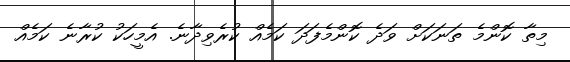
މިތާ ކޮންމެ ތަނަކަށް ވަދެ ކޮންމެފަދަ ކަމެއް ކުރެވިދާނެ. އެމީހަކު ކުރާނެ ކަމެއް